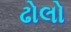
ઢોલો